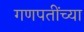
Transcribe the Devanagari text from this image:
गणपतींच्या